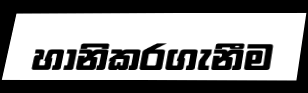
හානිකරගැනීම